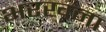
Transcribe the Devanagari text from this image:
भरखना